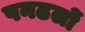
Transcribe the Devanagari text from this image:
पनढलों